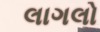
લાગલો